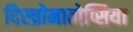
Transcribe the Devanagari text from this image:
दिस्च्रोमातोप्सिया